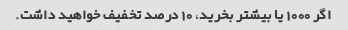
اگر 1000 یا بیشتر بخرید، 10 درصد تخفیف خواهید داشت.